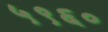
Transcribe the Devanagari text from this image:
५९६०